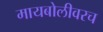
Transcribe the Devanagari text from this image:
मायबोलीवरच